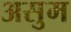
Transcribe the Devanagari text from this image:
असुम